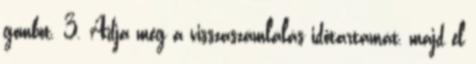
gombot. 3. Adja meg a visszaszámlálás időtartamát, majd el